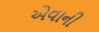
એવાની